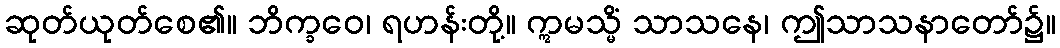
ဆုတ်ယုတ်စေ၏။ ဘိက္ခဝေ၊ ရဟန်းတို့။ ဣမသ္မိံ သာသနေ၊ ဤသာသနာတော်၌။